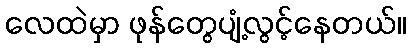
လေထဲမှာ ဖုန်တွေပျံ့လွင့်နေတယ်။